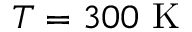
T = 3 0 0 ~ \mathrm { K }